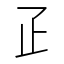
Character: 𤴔